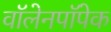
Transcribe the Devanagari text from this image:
वॉलेनपॉपेक